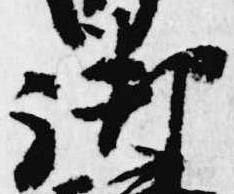
御